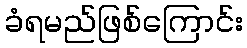
ခံရမည်ဖြစ်ကြောင်း